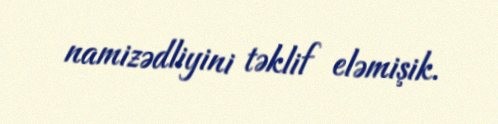
namizədliyini təklif eləmişik.